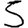
Digit: 5